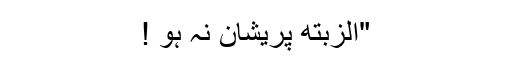
"الزبتھ پریشان نہ ہو !